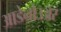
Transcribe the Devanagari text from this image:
आडेनोउअर